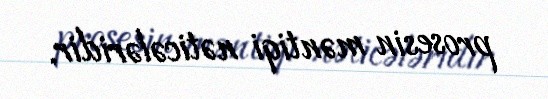
prosesin məntiqi nəticələridir.